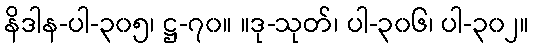
နိဒါန-ပါ-၃၀၅၊ ဋ္ဌ-၇၀။ ။ဒု-သုတ်၊ ပါ-၃၀၆၊ ပါ-၃၀၂။